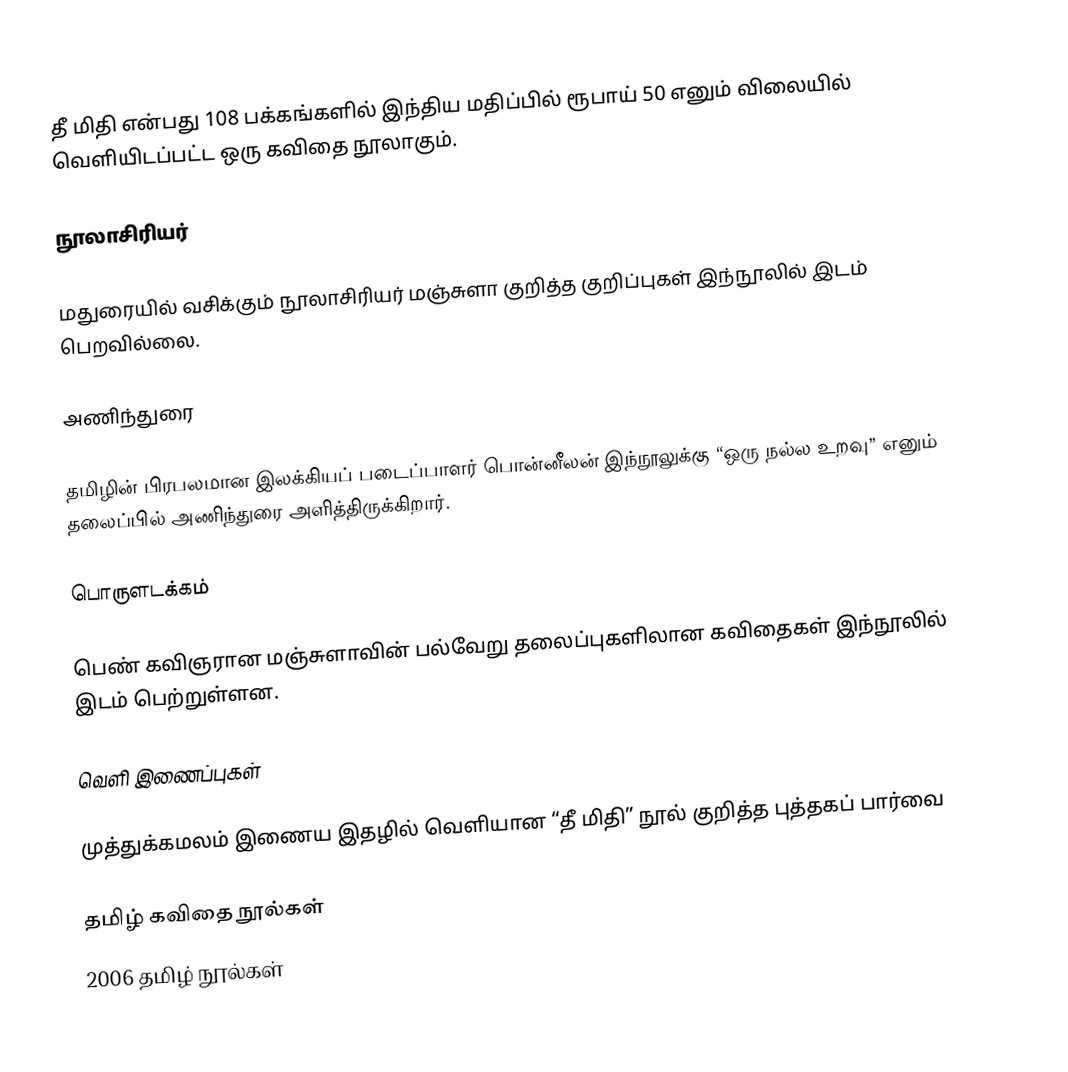
தீ மிதி என்பது 108 பக்கங்களில் இந்திய மதிப்பில் ரூபாய் 50 எனும் விலையில் வெளியிடப்பட்ட ஒரு கவிதை நூலாகும்.

நூலாசிரியர்

மதுரையில் வசிக்கும் நூலாசிரியர் மஞ்சுளா குறித்த குறிப்புகள் இந்நூலில் இடம் பெறவில்லை.

அணிந்துரை

தமிழின் பிரபலமான இலக்கியப் படைப்பாளர் பொன்னீலன் இந்நூலுக்கு “ஒரு நல்ல உறவு” எனும் தலைப்பில் அணிந்துரை அளித்திருக்கிறார்.

பொருளடக்கம்

பெண் கவிஞரான மஞ்சுளாவின் பல்வேறு தலைப்புகளிலான கவிதைகள் இந்நூலில் இடம் பெற்றுள்ளன.

வெளி இணைப்புகள்

  முத்துக்கமலம் இணைய இதழில் வெளியான “தீ மிதி” நூல் குறித்த புத்தகப் பார்வை

தமிழ் கவிதை நூல்கள்
2006 தமிழ் நூல்கள்